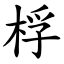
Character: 桴